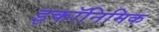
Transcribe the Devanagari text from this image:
इकॉनिमिक